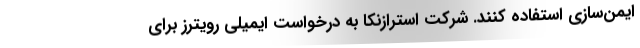
ایمن‌سازی استفاده کنند. شرکت استرازنکا به درخواست ایمیلی رویترز برای